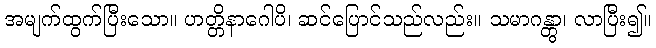
အမျက်ထွက်ပြီးသော။ ဟတ္တိနာဂေါပိ၊ ဆင်ပြောင်သည်လည်း။ သမာဂန္တွာ၊ လာပြီး၍။